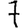
Digit: 7